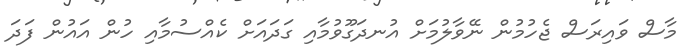
މާސް ވައިރަސް ޖެހުމުން ނޭވާލުމަށް އުނދަގޫވުމާއި ގަދައަށް ކެއްސުމާއި ހުން އައުން ފަދަ